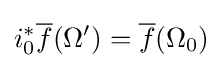
i_{0}^{*}{\overline {f}}(\Omega ')={\overline {f}}(\Omega _{0})